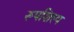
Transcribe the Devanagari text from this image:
रूपशिल्प